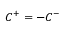
{ \cal C } _ { } ^ { \mathrm { { + } } } = - { \cal C } _ { } ^ { - }